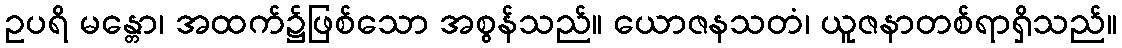
ဥပရိ မန္တော၊ အထက်၌ဖြစ်သော အစွန်သည်။ ယောဇနသတံ၊ ယူဇနာတစ်ရာရှိသည်။